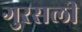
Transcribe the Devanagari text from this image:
गुरसली